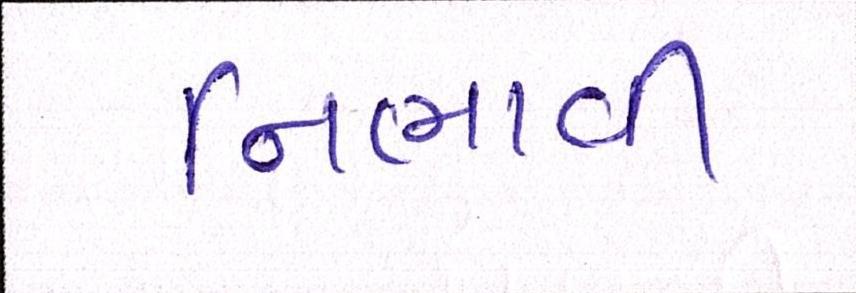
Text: નિભાવી